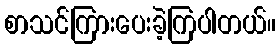
စာသင်ကြားပေးခဲ့ကြပါတယ်။